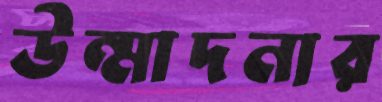
উন্মাদনার